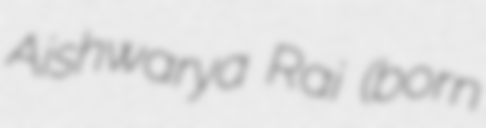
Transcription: Aishwarya Rai (born